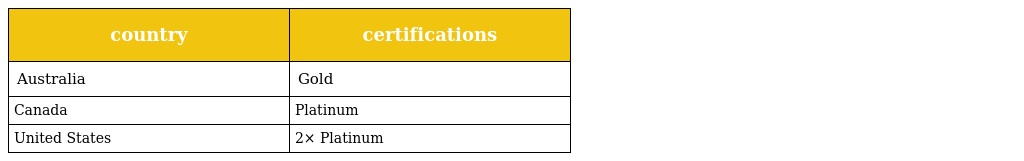
| country | certifications |
 | --- | --- |
 | Australia | Gold |
 | Canada | Platinum |
 | United States | 2× Platinum |